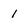
Character: 1